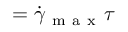
= \dot { \gamma } _ { \mathrm { ~ m ~ a ~ x ~ } } \tau